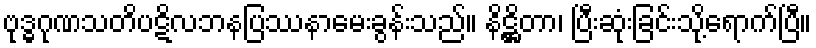
ဗုဒ္ဓဂုဏသတိပဋိလဘနပြဿနာမေးခွန်းသည်။ နိဋ္ဌိတာ၊ ပြီးဆုံးခြင်းသို့ရောက်ပြီ။